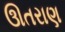
ઊતરાણ